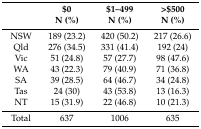
|  | $0N (%) | $1–499N (%) | >$500N (%) |
 | --- | --- | --- | --- |
 | NSW | 189 (23.2) | 420 (50.2) | 217 (26.6) |
 | Qld | 276 (34.5) | 331 (41.4) | 192 (24) |
 | Vic | 51 (24.8) | 57 (27.7) | 98 (47.6) |
 | WA | 43 (22.3) | 79 (40.9) | 71 (36.8) |
 | SA | 39 (28.5) | 64 (46.7) | 34 (24.8) |
 | Tas | 24 (30) | 43 (53.8) | 13 (16.3) |
 | NT | 15 (31.9) | 22 (46.8) | 10 (21.3) |
 | Total | 637 | 1006 | 635 |